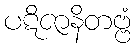
ပဋိဇာနိတဗ္ဗံ